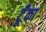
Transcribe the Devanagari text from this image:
टूँका